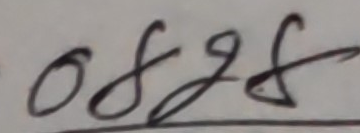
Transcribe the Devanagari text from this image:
०८९८